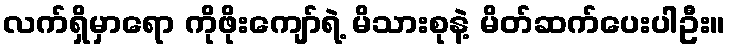
လက်ရှိမှာရော ကိုဖိုးကျော်ရဲ့ မိသားစုနဲ့ မိတ်ဆက်ပေးပါဦး။